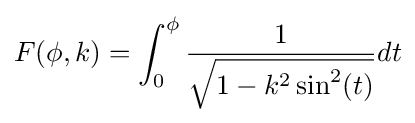
F(\phi ,k)=\int _{0}^{\phi }{\frac {1}{\sqrt {1-k^{2}\sin ^{2}(t)}}}dt